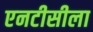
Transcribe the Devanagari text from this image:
एनटीसीला